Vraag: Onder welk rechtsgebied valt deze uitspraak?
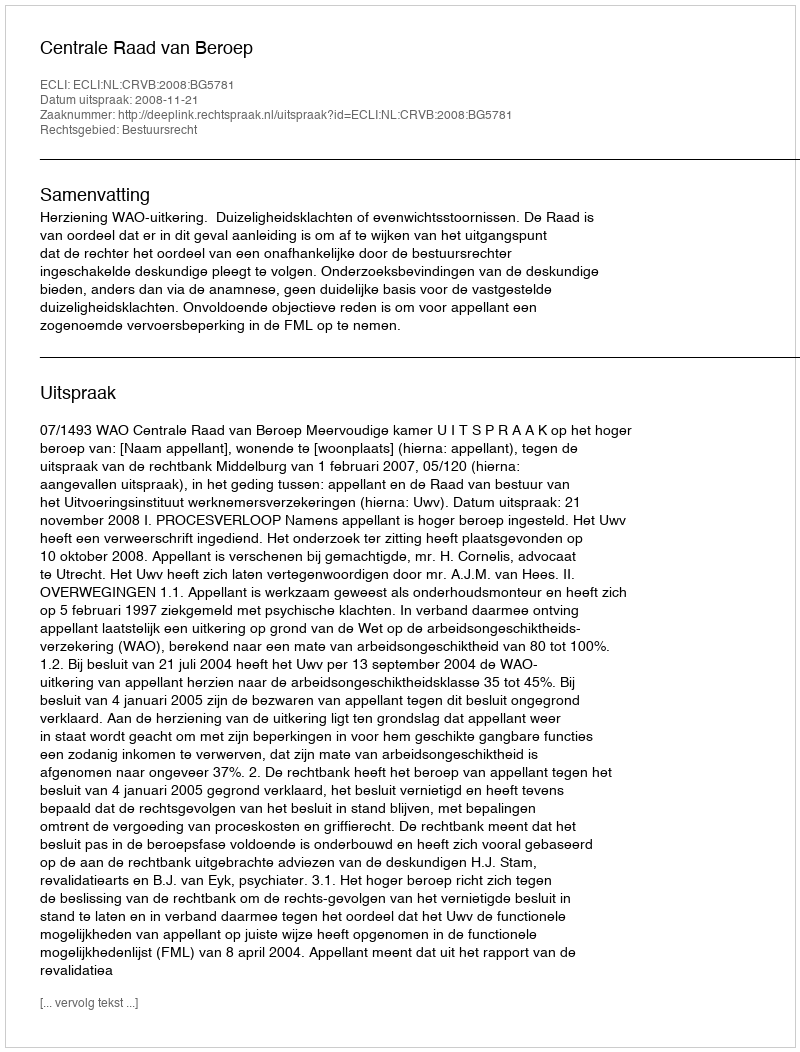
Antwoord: Bestuursrecht